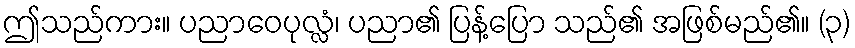
ဤသည်ကား။ ပညာဝေပုလ္လံ၊ ပညာ၏ ပြန့်ပြော သည်၏ အဖြစ်မည်၏။ (၃)